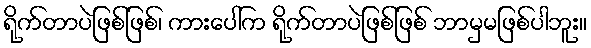
ရိုက်တာပဲဖြစ်ဖြစ်၊ ကားပေါ်က ရိုက်တာပဲဖြစ်ဖြစ် ဘာမှမဖြစ်ပါဘူး။